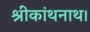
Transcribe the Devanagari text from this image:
श्रीकांथनाथ।